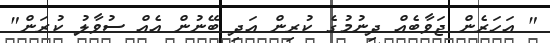
" އަހަރެން ޖަވާބެއް ދިނުމުގެ ކުރިން އަދި ބޭނުން އެއް ސުވާލު ކުރަން"